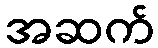
အဆက်